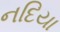
નદિયા